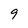
Character: 9